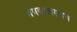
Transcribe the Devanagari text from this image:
भगवान्नारायण